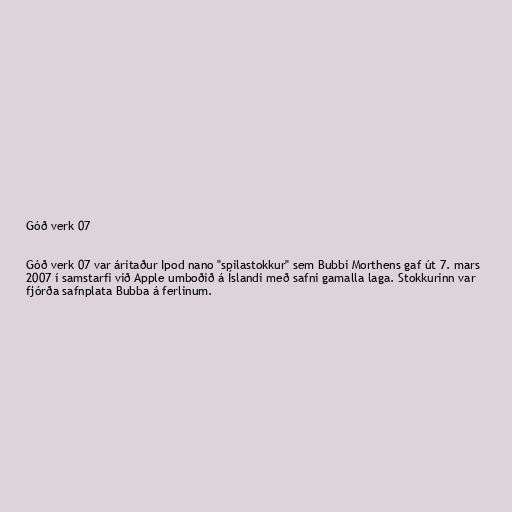
Góð verk 07

Góð verk 07 var áritaður Ipod nano "spilastokkur" sem Bubbi Morthens gaf út 7. mars
2007 í samstarfi við Apple umboðið á Íslandi með safni gamalla laga. Stokkurinn var
fjórða safnplata Bubba á ferlinum.